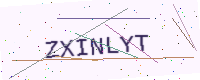
Text: ZXINLYT